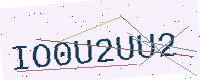
Text: IO0U2UU2